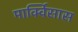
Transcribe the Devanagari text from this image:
मार्क्विसास